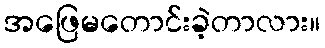
အဖြေမတောင်းခဲ့တာလား။